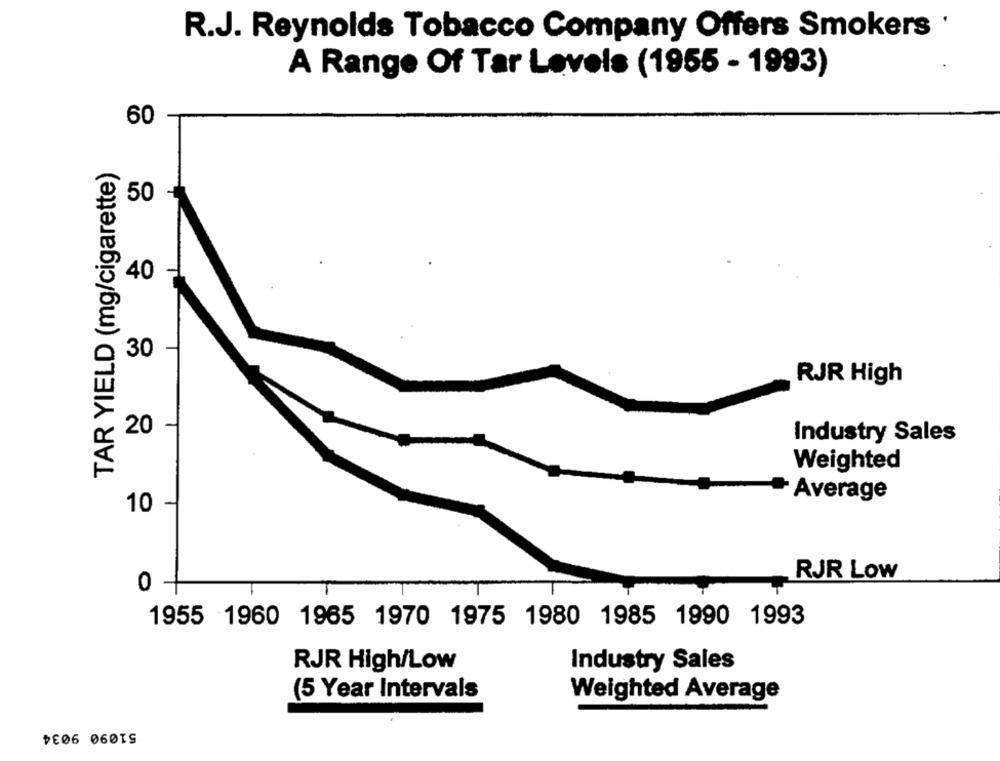
R.J. Reynolds Tobacco Company Offers Smokers '
A Range Of Tar Levels (1955 - 1993)
60
TAR YIELD (mg/cigarette)
50
40
30
RJR High
20
Industry Sales
Weighted
Average
10
RJR Low
0
1955 1960 1965 1970 1975 1980 1985 1990 1993
RJR High/Low
Industry Sales
(5 Year Intervals
Weighted Average
51090 9034